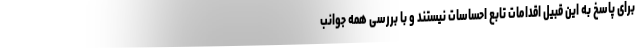
برای پاسخ به این قبیل اقدامات تابع احساسات نیستند و با بررسی همه جوانب